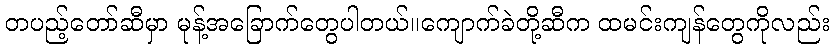
တပည့်တော်ဆီမှာ မုန့်အခြောက်တွေပါတယ်။ကျောက်ခဲတို့ဆီက ထမင်းကျန်တွေကိုလည်း